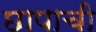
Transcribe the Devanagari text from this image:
छापाची